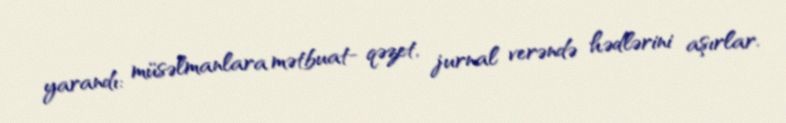
yarandı: müsəlmanlara mətbuat- qəzet, jurnal verəndə hədlərini aşırlar.